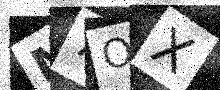
Text: M7OX